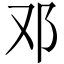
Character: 邓